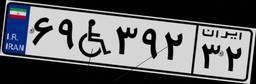
۶۹W۳۹۲۳۲